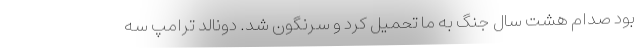
بود صدام هشت سال جنگ به ما تحمیل کرد و سرنگون شد. دونالد ترامپ سه